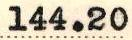
144.20